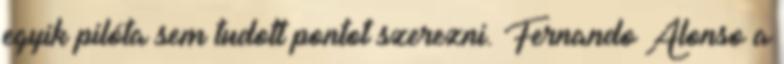
egyik pilóta sem tudott pontot szerezni. Fernando Alonso a